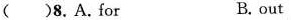
( )8. A. for B. out